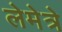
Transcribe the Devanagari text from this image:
लेमेत्रे